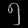
Digit: ၅